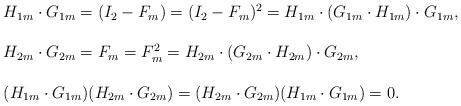
LaTeX: \begin{align*}\begin{array}{l}\displaystyle H_{1m}\cdot G_{1m}=(I_2-F_m)=(I_2-F_m)^2=H_{1m}\cdot (G_{1m}\cdot H_{1m})\cdot G_{1m},\\\\H_{2m}\cdot G_{2m}=F_m=F_m^2=H_{2m}\cdot (G_{2m}\cdot H_{2m})\cdot G_{2m},\\\\(H_{1m}\cdot G_{1m})(H_{2m}\cdot G_{2m})=(H_{2m}\cdot G_{2m})(H_{1m}\cdot G_{1m})=0.\end{array}\end{align*}